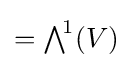
={\textstyle \bigwedge }^{\!1}(V)